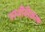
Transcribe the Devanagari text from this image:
परजीवीकरण